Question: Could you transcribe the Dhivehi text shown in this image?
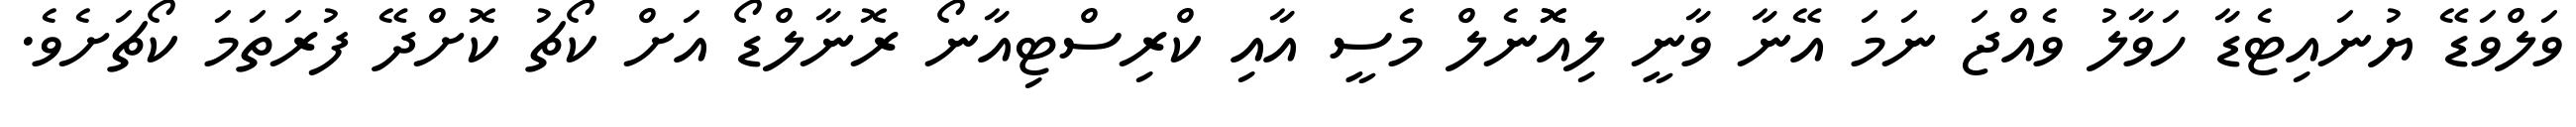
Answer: ވަލްވަޑޭ ޔުނައިޓެޑާ ހަވާލު ވެއްޖަ ނަމަ އޭނާ ވާނީ ލިއޮޮނެލް މެސީ އާއި ކްރިސްޓިއާނޯ ރޮނާލްޑޯ އަށް ކޯޗު ކޮށްދޭ ފުރަތަމަ ކޯޗަށެވެ.